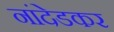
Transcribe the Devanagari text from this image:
नांदेडकर